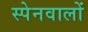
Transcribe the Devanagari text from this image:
स्पेनवालों